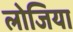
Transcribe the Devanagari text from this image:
लोजिया